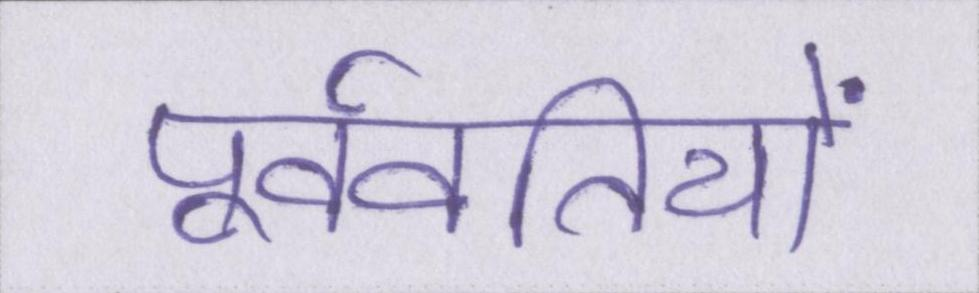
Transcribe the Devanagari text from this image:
पूर्ववर्तियों